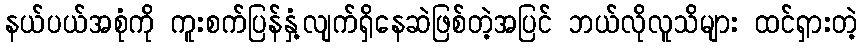
နယ်ပယ်အစုံကို ကူးစက်ပြန်နှံ့လျက်ရှိနေဆဲဖြစ်တဲ့အပြင် ဘယ်လိုလူသိများ ထင်ရှားတဲ့